Scottish Certificate of Education, 1963
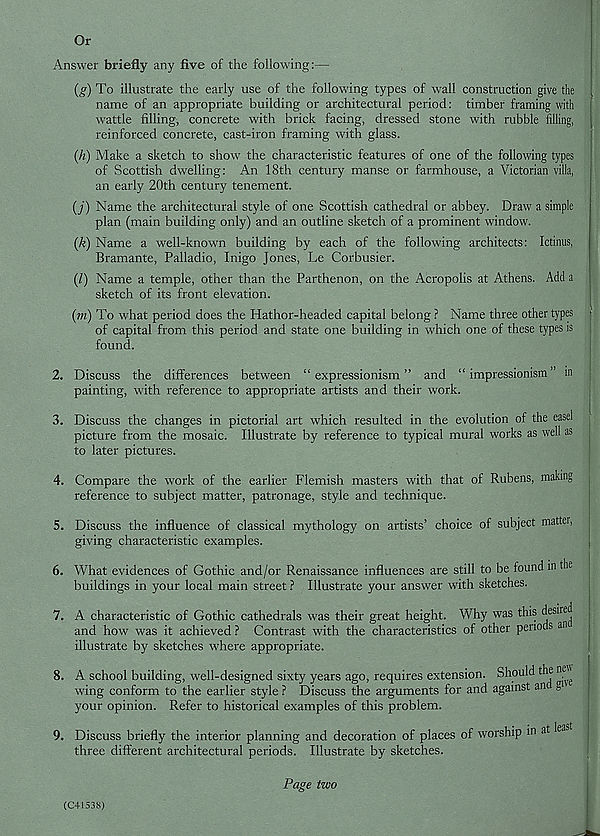
Or
Answer briefly any five of the following:—
(g) To illustrate the early use of the following types of wall construction give the
name of an appropriate building or architectural period: timber framing with
wattle filling, concrete with brick facing, dressed stone with rubble filling,
reinforced concrete, cast-iron framing with glass.
(h) Make a sketch to show 7 the characteristic features of one of the following types
of Scottish dwelling: An 18th century manse or farmhouse, a Victorian villa,
an early 20th century tenement.
(j) Name the architectural style of one Scottish cathedral or abbey. Draw a simple
plan (main building only) and an outline sketch of a prominent window.
(k) Name a well-known building by each of the following architects: Ictinus,
Bramante, Palladio, Inigo Jones, Le Corbusier.
(Z) Name a temple, other than the Parthenon, on the Acropolis at Athens. Add a
sketch of its front elevation.
(m) To w'hat period does the Hathor-headed capital belong ? Name three other types
of capital from this period and state one building in which one of these types is
found.
2. Discuss the differences between “expressionism” and “impressionism” m
painting, with reference to appropriate artists and their work.
3. Discuss the changes in pictorial art which resulted in the evolution of the easel
picture from the mosaic. Illustrate by reference to typical mural works as well as
to later pictures.
4. Compare the work of the earlier Flemish masters with that of Rubens, making
reference to subject matter, patronage, style and technique.
5. Discuss the influence of classical mythology on artists’ choice of subject matter,
giving characteristic examples.
6. What evidences of Gothic and/or Renaissance influences are still to be found in the
buildings in your local main street ? Illustrate your answer with sketches.
7. A characteristic of Gothic cathedrals was their great height. Why was this t| es ' re j
and how was it achieved ? Contrast with the characteristics of other periods an
illustrate by sketches where appropriate.
8. A school building, well-designed sixty years ago, requires extension. Should the new
wing conform to the earlier style ? Discuss the arguments for and against an g
your opinion. Refer to historical examples of this problem.
9. Discuss briefly the interior planning and decoration of places of worship in at lea
three different architectural periods. Illustrate by sketches.
Page two
(C41538)